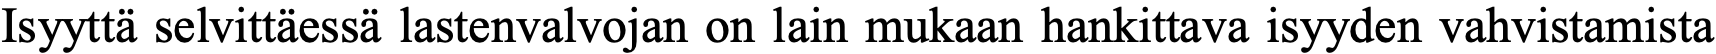
Isyyttä selvittäessä lastenvalvojan on lain mukaan hankittava isyyden vahvistamista